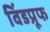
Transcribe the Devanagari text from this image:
विंडप्रूफ